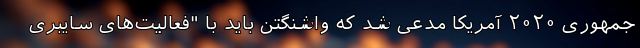
جمهوری ۲۰۲۰ آمریکا مدعی شد که واشنگتن باید با "فعالیت‌های سایبری